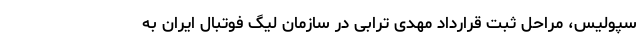
سپولیس، مراحل ثبت قرارداد مهدی ترابی در سازمان لیگ فوتبال ایران به